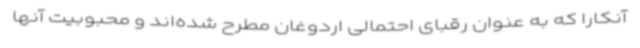
آنکارا که به عنوان رقبای احتمالی اردوغان مطرح شده‌اند و محبوبیت آنها